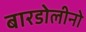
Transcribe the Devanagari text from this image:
बारडोलीनो